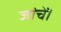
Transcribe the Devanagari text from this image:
जांचें।